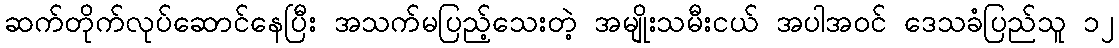
ဆက်တိုက်လုပ်ဆောင်နေပြီး အသက်မပြည့်သေးတဲ့ အမျိုးသမီးငယ် အပါအဝင် ဒေသခံပြည်သူ ၁၂